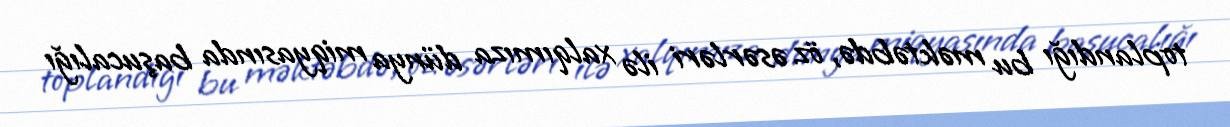
toplandığı bu məktəbdə, öz əsərləri ilə xalqımıza dünya miqyasında başucalığı